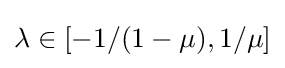
\lambda \in [-1/(1-\mu ),1/\mu ]